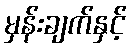
မှန်းချက်နှင့်